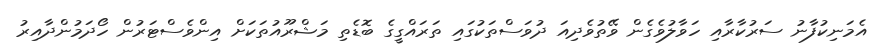
އެމަނިކުފާނު ސަރުކާރާއި ހަވާލުވެގެން ވޭތުވެދިއަ ދުވަސްތަކުގައި ތަރައްގީގެ ބޮޑެތި މަޝްރޫއުތަކަށް އިންވެސްޓަރުން ހޯދަމުންދާއިރު